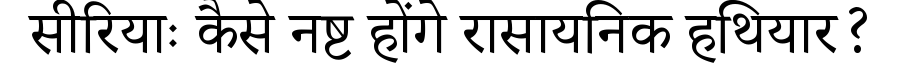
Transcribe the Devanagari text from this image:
सीरियाः कैसे नष्ट होंगे रासायनिक हथियार?